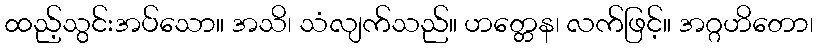
ထည့်သွင်းအပ်သော။ အသိ၊ သံလျက်သည်။ ဟတ္တေန၊ လက်ဖြင့်။ အဂ္ဂဟိတော၊